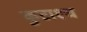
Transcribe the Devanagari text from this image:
कुटाश्च